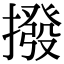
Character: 撥